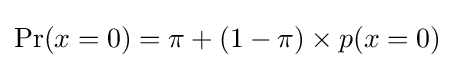
\Pr(x=0)=\pi +(1-\pi )\times p(x=0)